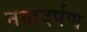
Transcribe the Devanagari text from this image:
नखदर्पण